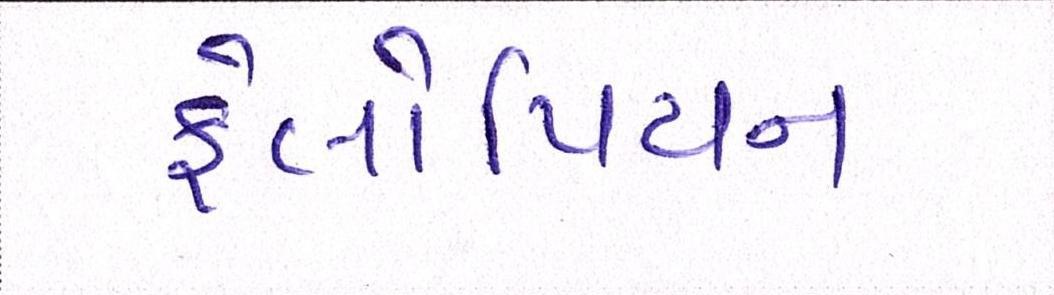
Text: ફેલોપિયન